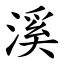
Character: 溪